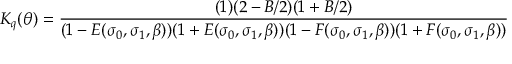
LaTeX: K _ { q } ( \theta ) = \frac { ( 1 ) ( 2 - B / 2 ) ( 1 + B / 2 ) } { ( 1 - E ( \sigma _ { 0 } , \sigma _ { 1 } , \beta ) ) ( 1 + E ( \sigma _ { 0 } , \sigma _ { 1 } , \beta ) ) ( 1 - F ( \sigma _ { 0 } , \sigma _ { 1 } , \beta ) ) ( 1 + F ( \sigma _ { 0 } , \sigma _ { 1 } , \beta ) ) }